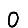
Digit: 0